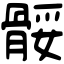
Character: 骽